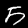
Label: 5